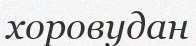
хоровудан